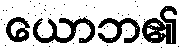
ယောဘ၏